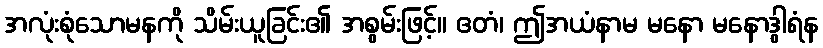
အလုံးစုံသောမနကို သိမ်းယူခြင်း၏ အစွမ်းဖြင့်။ ဧတံ၊ ဤအယံနာမ မနော မနောဒွါရံန